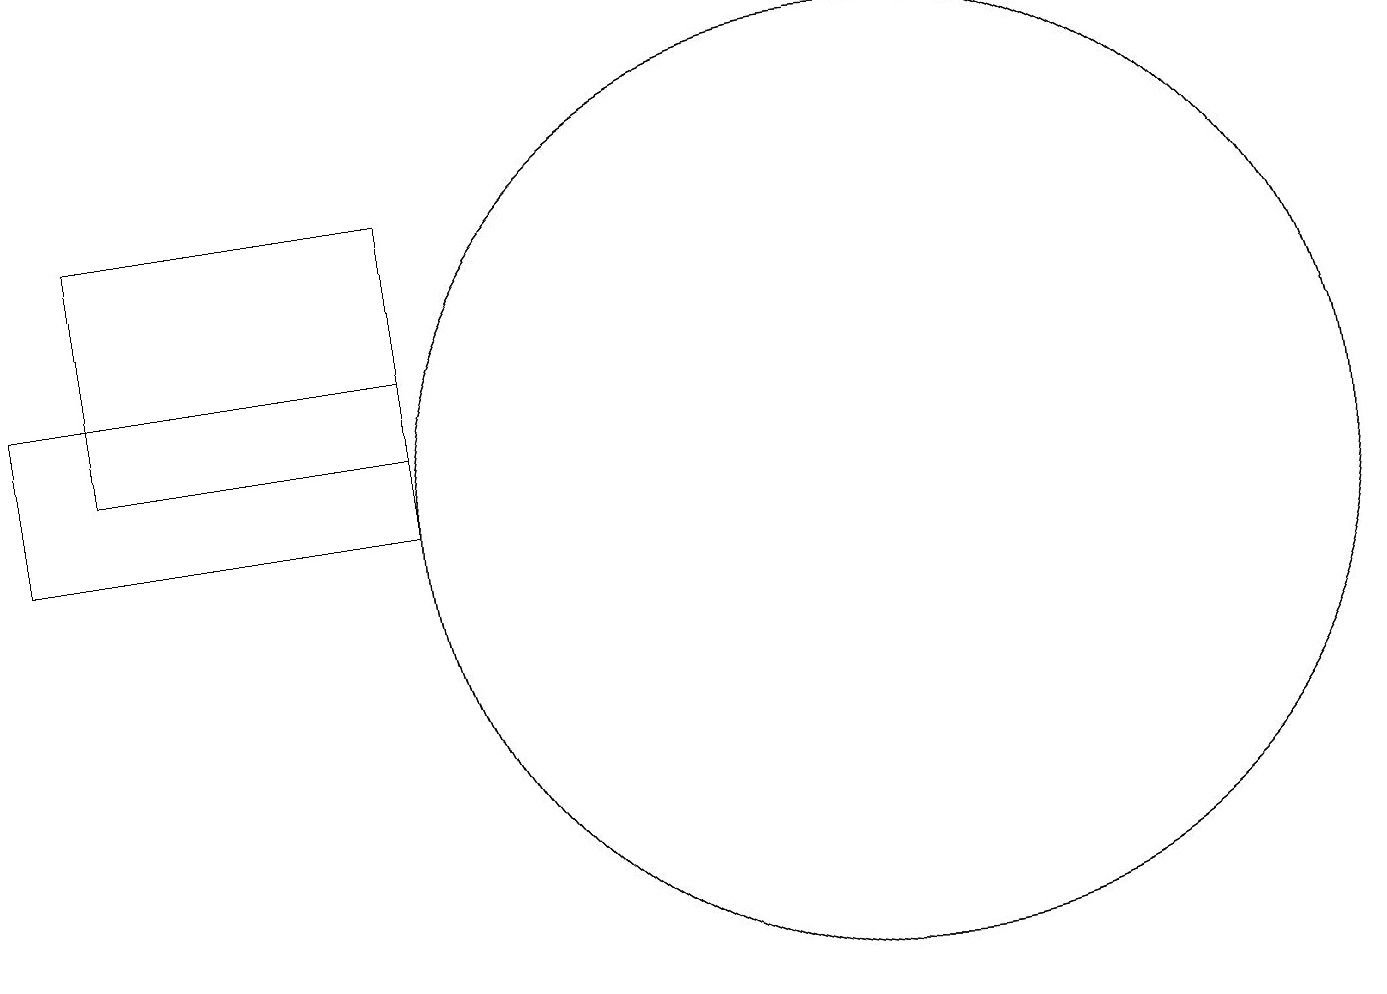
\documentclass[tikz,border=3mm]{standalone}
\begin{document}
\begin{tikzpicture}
\draw (2,16) rectangle (6,13);
\draw (12,12) circle (0);
\draw (12,12) circle (6);
\draw (12,12) circle (6);
\draw (6,14) rectangle (1,12);
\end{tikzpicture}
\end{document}